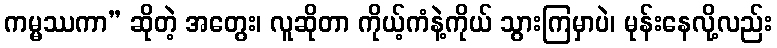
ကမ္မဿကာ” ဆိုတဲ့ အတွေး၊ လူဆိုတာ ကိုယ့်ကံနဲ့ကိုယ် သွားကြမှာပဲ၊ မုန်းနေလို့လည်း